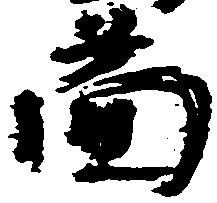
図